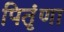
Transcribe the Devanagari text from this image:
पितृंणा